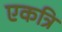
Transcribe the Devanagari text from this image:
एकत्रि